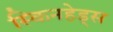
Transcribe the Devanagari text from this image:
स्किनहेड्स